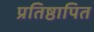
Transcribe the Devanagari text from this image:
प्रतिष्ठापित